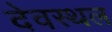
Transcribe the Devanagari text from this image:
देवस्थल